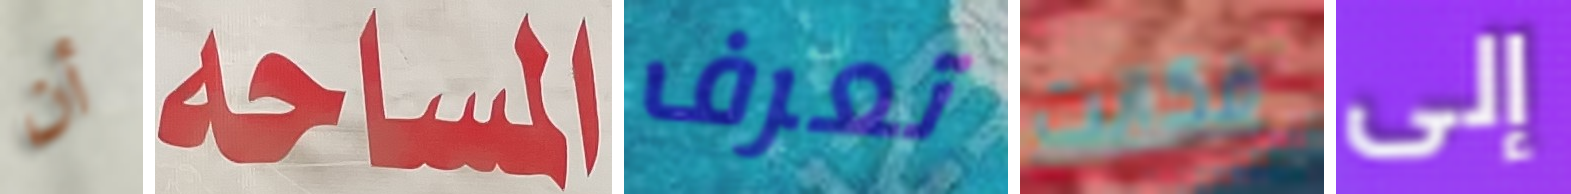
أن المساحة تعرف فكانت إلى